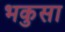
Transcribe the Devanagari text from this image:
भकुसा